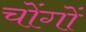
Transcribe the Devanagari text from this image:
चोंगों